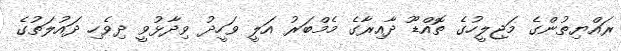
ރައްޔިތުންގެ މަޖިލީހުގެ ތޮއްޑޫ ދާއިރާގެ މެމްބަރު އަލީ ވަހީދު ވިދާޅުވީ ދިވެހި ދައުލަތުގެ